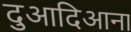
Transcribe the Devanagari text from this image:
दुआदिआना